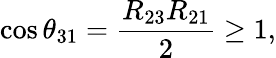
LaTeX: \cos\theta_{31}=\frac{R_{23}R_{21}}{2}\geq 1,